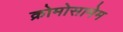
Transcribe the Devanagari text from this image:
क्रोमोसामेम